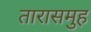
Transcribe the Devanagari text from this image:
तारासमुह